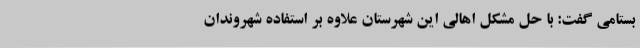
بستامی گفت: با حل مشکل اهالی این شهرستان علاوه بر استفاده شهروندان